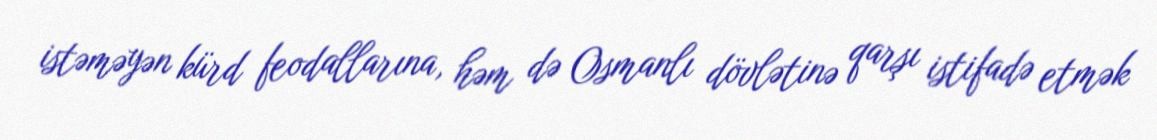
istəməyən kürd feodallarına, həm də Osmanlı dövlətinə qarşı istifadə etmək